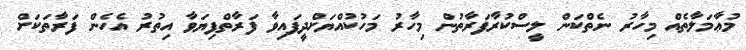
މުޢާމަލާތެއް މިހާރު ނެތްކަން ލީސްކުރާފަރާތުން މިހާރު މަހުކުއްޔަށްދީފައިވާ ފަރާތްފިޔަވާ އިތުރު އެހެން ފަރާތަކަށް